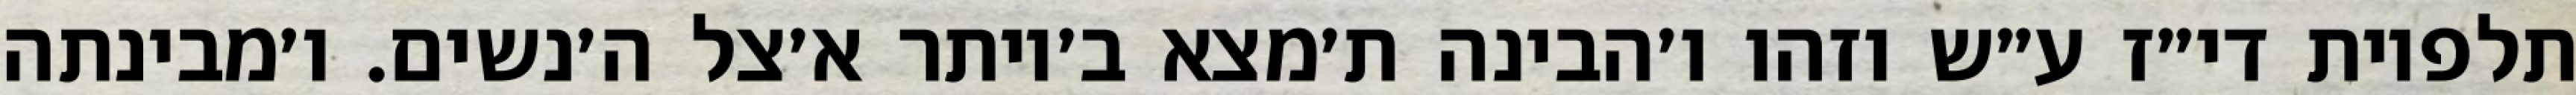
תלפיות די״ז ע״ש וזהו ו׳הבינה ת׳מצא ב׳יותר א׳צל ה׳נשים. ו׳מבינתה